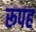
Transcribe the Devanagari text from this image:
रूपह